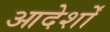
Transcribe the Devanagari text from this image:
आदेर्शों